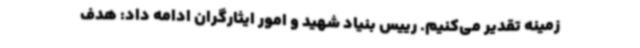
زمینه تقدیر می‌کنیم. رییس بنیاد شهید و امور ایثارگران ادامه داد: هدف